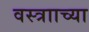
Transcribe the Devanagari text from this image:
वस्त्रााच्या